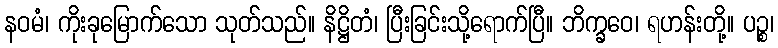
နဝမံ၊ ကိုးခုမြောက်သော သုတ်သည်။ နိဋ္ဌိတံ၊ ပြီးခြင်းသို့ရောက်ပြီ။ ဘိက္ခဝေ၊ ရဟန်းတို့။ ပဉ္စ၊